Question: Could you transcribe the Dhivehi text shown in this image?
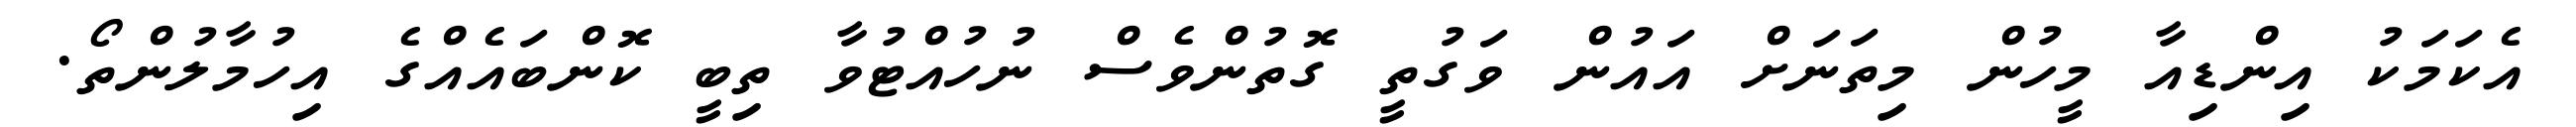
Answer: އެކަމަކު އިންޑިއާ މީހުން މިތަނަށް އައުން ވަގުތީ ގޮތުންވެސް ނުހުއްޓުވާ ތިބީ ކޮންބައެއްގެ އިހުމާލުންތޯ.